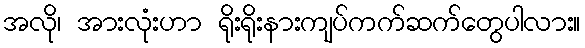
အလို၊ အားလုံးဟာ ရိုးရိုးနားကျပ်ကက်ဆက်တွေပါလား။